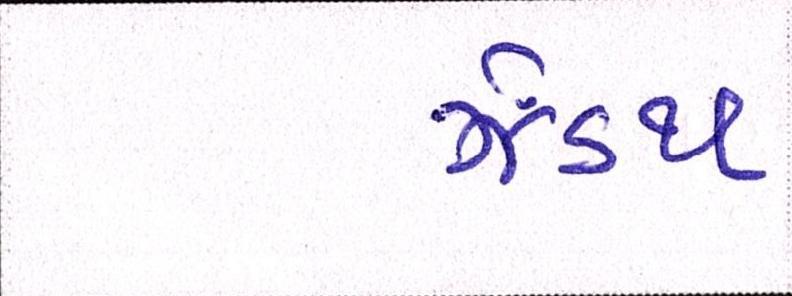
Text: ઝેંઽથ